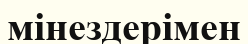
мінездерімен